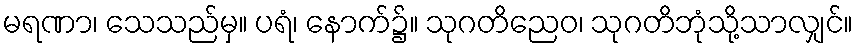
မရဏာ၊ သေသည်မှ။ ပရံ၊ နောက်၌။ သုဂတိညေဝ၊ သုဂတိဘုံသို့သာလျှင်။